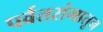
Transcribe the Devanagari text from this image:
पर्वतरांगातून